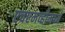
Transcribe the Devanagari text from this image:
एचएमव्हीमध्ये